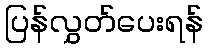
ပြန်လွှတ်ပေးရန်